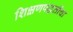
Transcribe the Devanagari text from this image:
शिक्षणपद्धतींचा